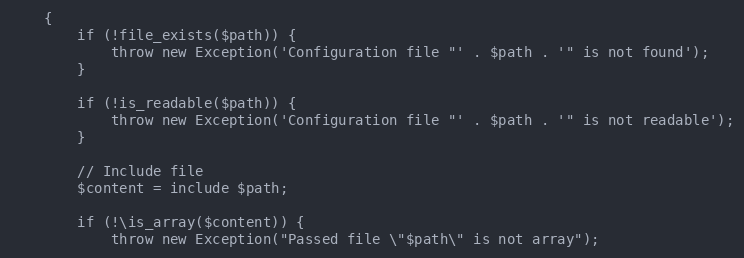
Language: PHP
    {
        if (!file_exists($path)) {
            throw new Exception('Configuration file "' . $path . '" is not found');
        }

        if (!is_readable($path)) {
            throw new Exception('Configuration file "' . $path . '" is not readable');
        }

        // Include file
        $content = include $path;

        if (!\is_array($content)) {
            throw new Exception("Passed file \"$path\" is not array");